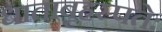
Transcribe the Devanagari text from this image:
धाताबृहस्पतेः